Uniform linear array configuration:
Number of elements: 64
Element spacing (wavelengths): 0.25
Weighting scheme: binomial
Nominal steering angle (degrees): -60
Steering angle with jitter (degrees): -60.171
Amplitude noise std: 0.05
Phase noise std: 0.05

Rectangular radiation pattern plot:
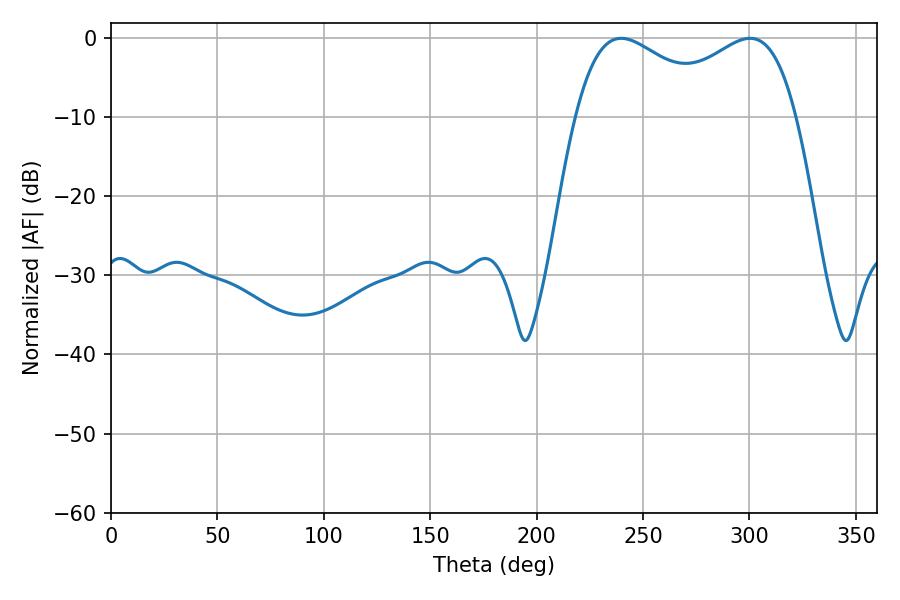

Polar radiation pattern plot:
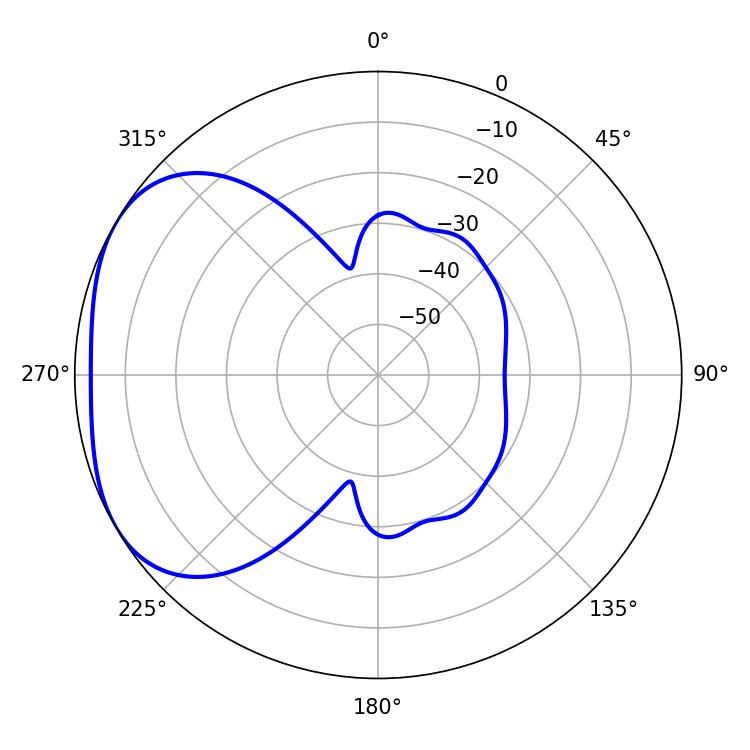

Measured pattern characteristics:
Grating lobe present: FALSE
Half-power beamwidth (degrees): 38.16
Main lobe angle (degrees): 239.76